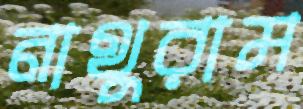
নাথুরাম